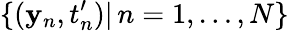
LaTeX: \{ (\mathbf{y}_{n},t_{n}^{\prime})|\, n=1,\dots,N\}